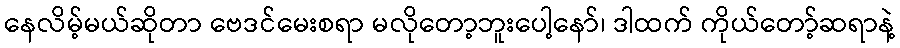
နေလိမ့်မယ်ဆိုတာ ဗေဒင်မေးစရာ မလိုတော့ဘူးပေါ့နော်၊ ဒါထက် ကိုယ်တော့်ဆရာနဲ့